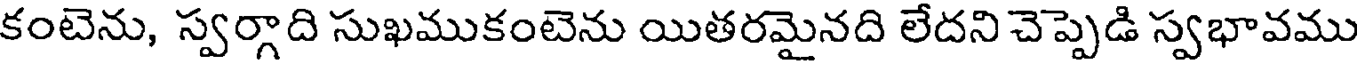
కంటెను, స్వర్గాది సుఖముకంటెను యితరమైనది లేదని చెప్పెడి స్వభావము